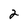
Character: 2